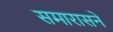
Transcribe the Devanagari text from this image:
समारासने